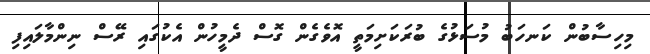
މިހިސާބުން ކަނހަބު މުސަޅުގެ ބުރަކަށިމަތީ އޮވެގެން ގޮސް ދެމީހުން އެކުގައި ރޭސް ނިންމާލައިފި